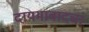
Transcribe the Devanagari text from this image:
दायमाबादचा